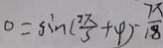
0 = \sin ( \frac { 2 \pi } { 3 } + 4 ) - \frac { 7 x } { 1 8 }